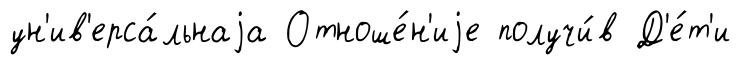
ун'ив'ерса́льнаjа Отноше́н'иjе получи́в Д'е́т'и